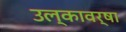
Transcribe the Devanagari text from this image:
उल्कावर्षा